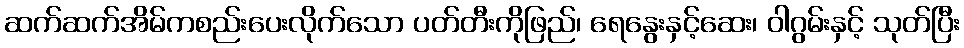
ဆက်ဆက်အိမ်ကစည်းပေးလိုက်သော ပတ်တီးကိုဖြည်၊ ရေနွေးနှင့်ဆေး၊ ဝါဂွမ်းနှင့် သုတ်ပြီး